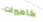
كاميرات